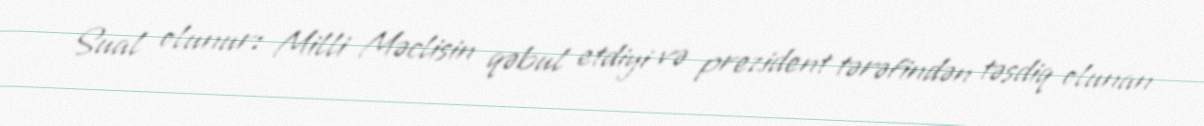
Sual olunur: Milli Məclisin qəbul etdiyi və prezident tərəfindən təsdiq olunan